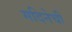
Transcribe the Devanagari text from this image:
मदिनेची